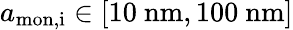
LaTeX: {a_{\mathrm{mon,i}}\in[10\ \mathrm{nm},100\ \mathrm{nm}]}